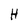
Character: H